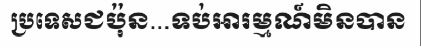
ប្រទេសជប៉ុន...ទប់អារម្មណ៍មិនបាន